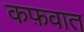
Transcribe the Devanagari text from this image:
कफ़वात